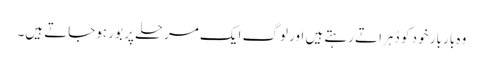
وہ بار بار خود کو دُہراتے رہتے ہیں اور لوگ ایک مرحلے پر بور ہوجاتے ہیں۔